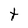
Character: t